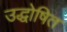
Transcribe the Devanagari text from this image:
उद्धोषित